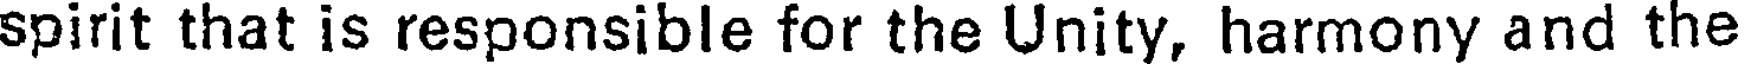
spirit that is responsible for the Unity, harmony and the